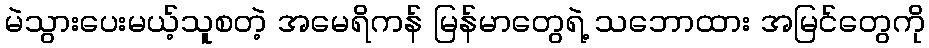
မဲသွားပေးမယ့်သူစတဲ့ အမေရိကန် မြန်မာတွေရဲ့ သဘောထား အမြင်တွေကို